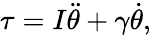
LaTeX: \tau=I\ddot{\theta}+\gamma\dot{\theta},